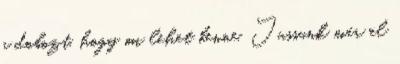
a dobozt, hogy mi lehet benne. Jussunk már el